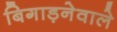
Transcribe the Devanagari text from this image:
बिगाड़नेवाले